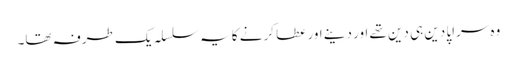
وہ سراپا دین ہی دین تھے اور دینے اور عطا کرنے کا یہ سلسلہ یک طرفہ تھا۔